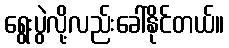
ရွေးပွဲလို့လည်းခေါ်နိုင်တယ်။